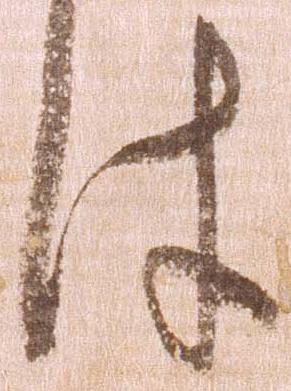
件